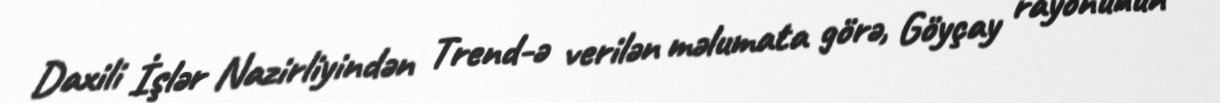
Daxili İşlər Nazirliyindən Trend-ə verilən məlumata görə, Göyçay rayonunun